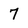
Character: 7